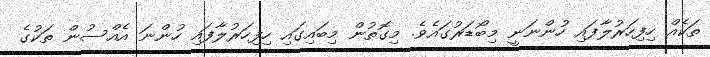
ތަކެއް ހިފިހަރުލާފައި ހުންނަނީ މިބޯޑަރުގައެވެ. މިގޮތުން މިބައިގައި ހިފިހަރުލާފައި ހުންނަ އެއްސުން ތަކުގެ